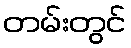
တမ်းတွင်